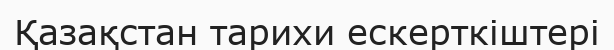
Қазақстан тарихи ескерткіштері